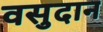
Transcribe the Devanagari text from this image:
वसुदान